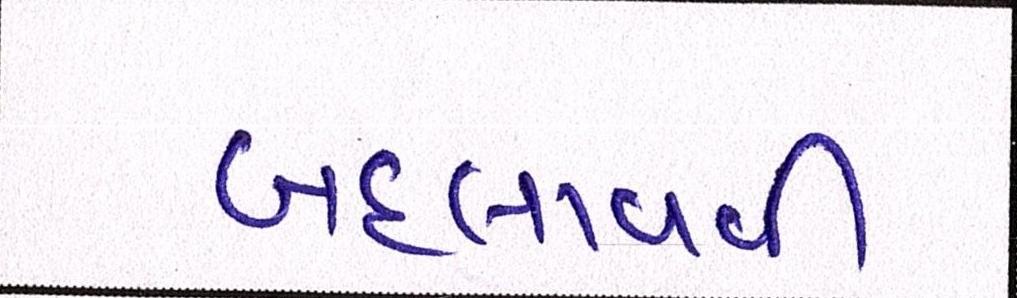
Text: બદલાવવી